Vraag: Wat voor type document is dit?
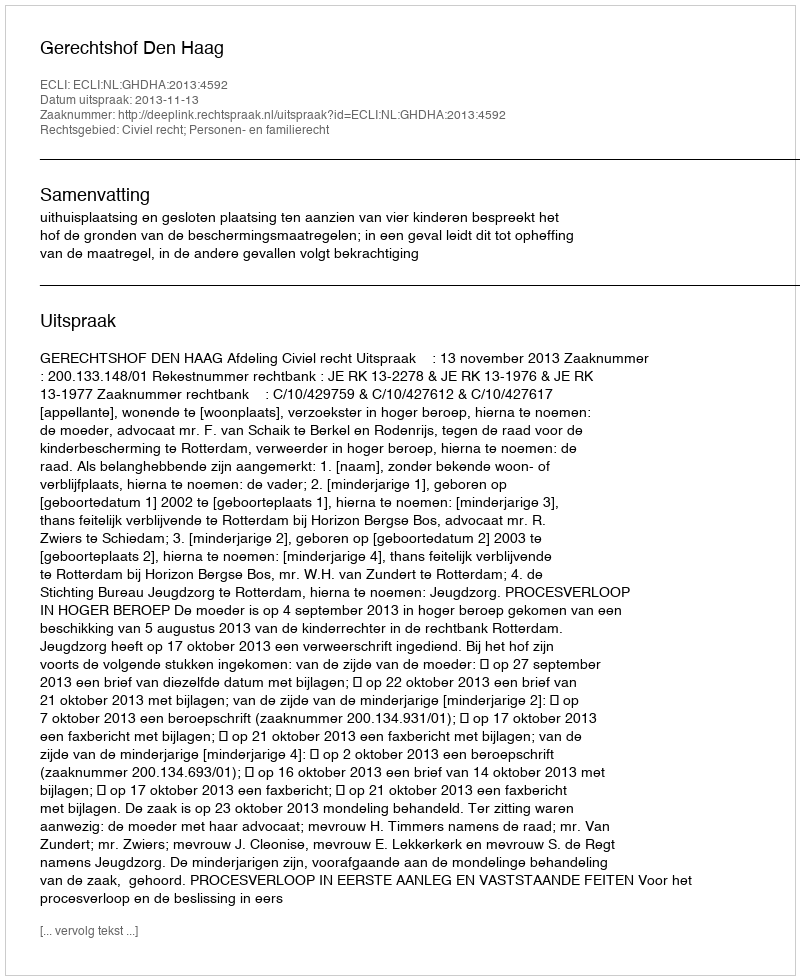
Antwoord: Uitspraak